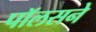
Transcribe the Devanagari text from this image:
पॉलसने